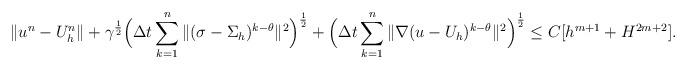
LaTeX: \begin{align*}\|u^n-U_h^{n}\|+\gamma^{\frac12}\Big{(}\Delta t\sum_{k=1}^n\|(\sigma-\Sigma_h)^{k-\theta}\|^2\Big{)}^{\frac12}+\Big{(}\Delta t\sum_{k=1}^n\|\nabla (u-U_{h})^{k-\theta}\|^2\Big{)}^{\frac12}\leq C[h^{m+1}+H^{2m+2}].\end{align*}